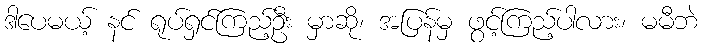
ဒါပေမယ့် နင် ရုပ်ရှင်ကြည့်ဦး မှာဆို၊ အပြန်မှ ဖွင့်ကြည့်ပါလား၊ မမီဘဲ